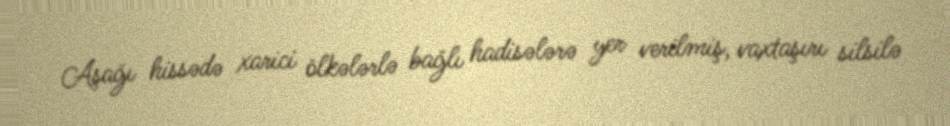
Aşağı hissədə xarici ölkələrlə bağlı hadisələrə yer verilmiş, vaxtaşırı silsilə